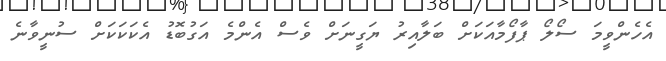
އެހެންވީމަ ސޯލޯ ޕާފޯމާއަކަށް ބަލާއިރު ޔަގީނަށް ވެސް އެންމެ އަގުބޮޑު އެކަކަކަށް ސުނީވާނެ